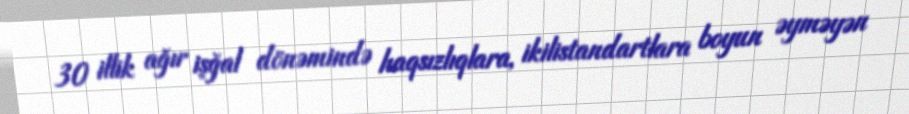
30 illik ağır işğal dönəmində haqsızlıqlara, ikilistandartlara boyun əyməyən